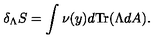
\delta _ { \Lambda } S = \int \nu ( y ) d \mathrm { T r } ( \Lambda d A ) .